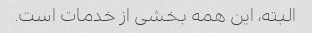
البته، این همه بخشی از خدمات است.